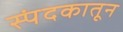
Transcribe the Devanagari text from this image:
स्पंदकातून